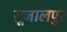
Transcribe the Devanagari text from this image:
सूजालपुर